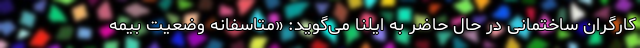
کارگران ساختمانی در حال حاضر به ایلنا می‌گوید: «متاسفانه وضعیت بیمه